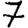
Digit: 7